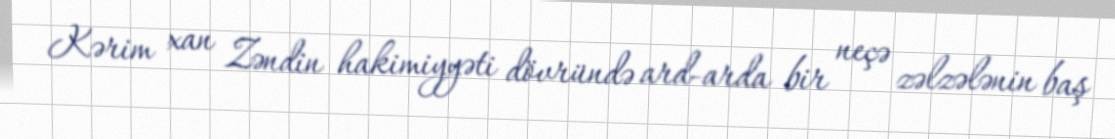
Kərim xan Zəndin hakimiyyəti dövründə ard-arda bir neçə zəlzələnin baş